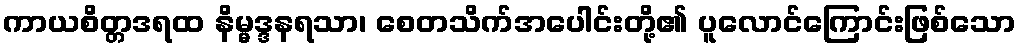
ကာယစိတ္တဒရထ နိမ္မဒ္ဒနရသာ၊ စေတသိက်အပေါင်းတို့၏ ပူလောင်ကြောင်းဖြစ်သော